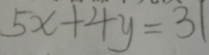
5 x + 4 y = 3 1